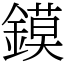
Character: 鏌